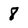
Character: 8